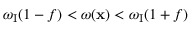
\omega _ { \mathrm { { I } } } ( 1 - f ) < \omega ( { \bf { x } } ) < \omega _ { \mathrm { { I } } } ( 1 + f )